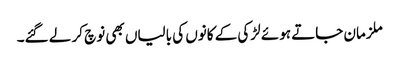
ملزمان جاتے ہوئے لڑکی کے کانوں کی بالیاں بھی نوچ کر لے گئے۔